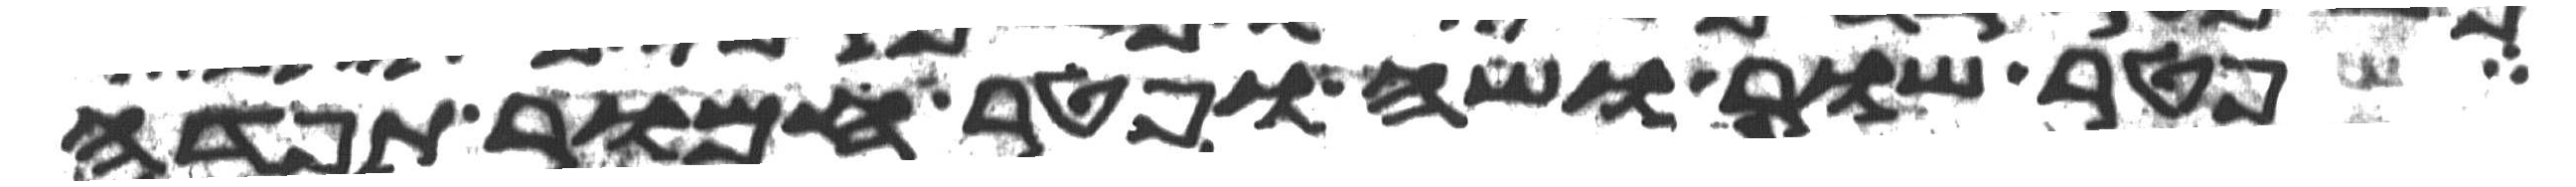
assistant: פטר שור ושה ופטר חמור תפדה